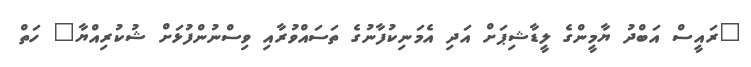
"ރައީސް އަބްދު ޔާމީންގެ ލީޑާޝިޕަށް އަދި އެމަނިކުފާނުގެ ތަސައްވުރާއި ވިސްނުންފުޅަށް ޝުކުރިއްޔާ" ހަތް